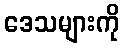
ဒေသများကို